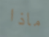
ماذا